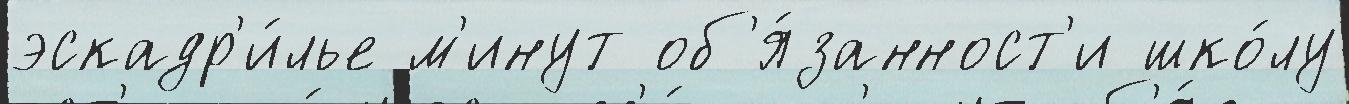
эскадр'и́лье м'инут об'я́занност'и шко́лу